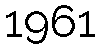
1961